Madras plague regulations in force outside the Presidency town - Volume 2
Disease focus: Plague
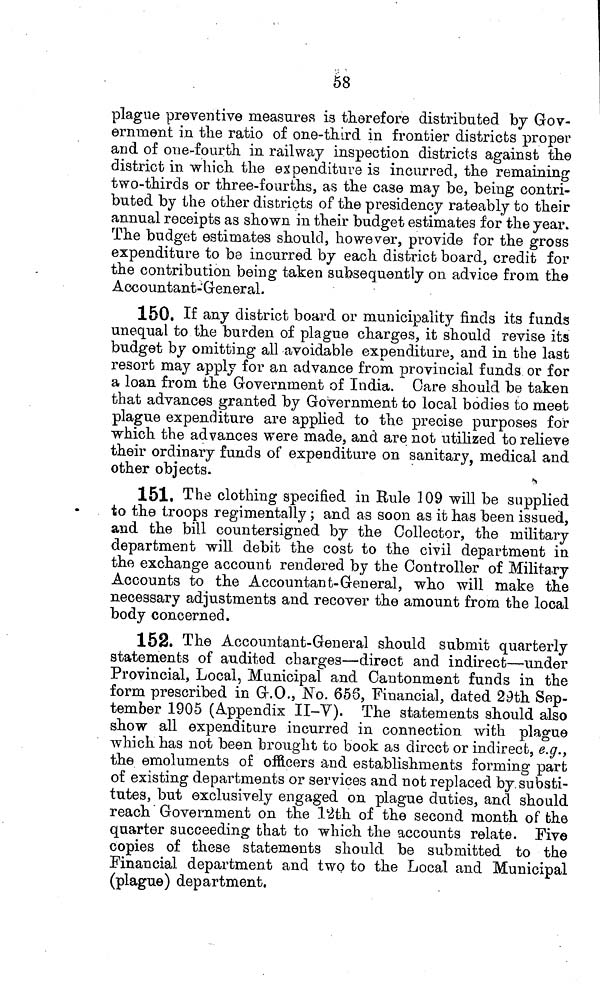
08
plague preventive measures is therefore distributed by Gov-
ernment in the ratio of one-third in frontier districts proper
and of one-fourth in railway inspection districts against the
district in which the expenditure is incurred, the remaining
two-thirds or three-fourths, as the case may be, being contri-
buted by the other districts of the presidency rateably to their
annual receipts as shown in their budget estimates for the year.
The budget estimates should, however, provide for the gross
expenditure to be incurred by each district board, credit for
the contribution being taken subsequently 011 advice from the
Accountant- General.
150. If any district board or municipality finds its funds
unequal to the burden of plague charges, it should revise its
budget by omitting all avoidable expenditure, and in the last
resort may apply for an advance from provincial funds or for
a loan from the Government of India. Care should be taken
that advances granted by Government to local bodies to meet
plague expenditure are applied to the precise purposes for
which the advances were made, and are not utilized to relieve
their ordinary funds of expenditure on sanitary, medical and
other objects.
151. The clothing specified in Rule 109 will be supplied
to the troops regimentally ; and as soon as it has been issued,
and the bill countersigned by the Collector, the military
department will debit the cost to the civil department in
the exchange account rendered by the Controller of Military
Accounts to the Accountant-General, who will make the
necessary adjustments and recover the amount from the local
body concerned.
152. The Accountant-General should submit quarterly
statements of audited charges—direct and indirect—under
Provincial, Local, Municipal and Cantonment funds in the
form prescribed in G.O., No. 656, Financial, dated 29th Sep-
tember 1905 (Appendix II-V). The statements should also
show all expenditure incurred in connection with plague
which has not been brought to book as direct or indirect, e.g.,
the emoluments of officers and establishments forming part
of existing departments or services and not replaced by substi-
tutes, but exclusively engaged on plague duties, and should
reach Government on the 12th of the second month of the
quarter succeeding that to which the accounts relate. Five
copies of these statements should be submitted to the
Financial department and two to the Local and Municipal
(plague) department.